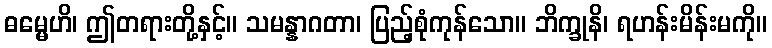
ဓမ္မေဟိ၊ ဤတရားတို့နှင့်။ သမန္နာဂတာ၊ ပြည့်စုံကုန်သော။ ဘိက္ခုနိ၊ ရဟန်းမိန်းမကို။